Annual administration report of the Civil Veterinary Department, Sind - 1938-1939
Year: 1938
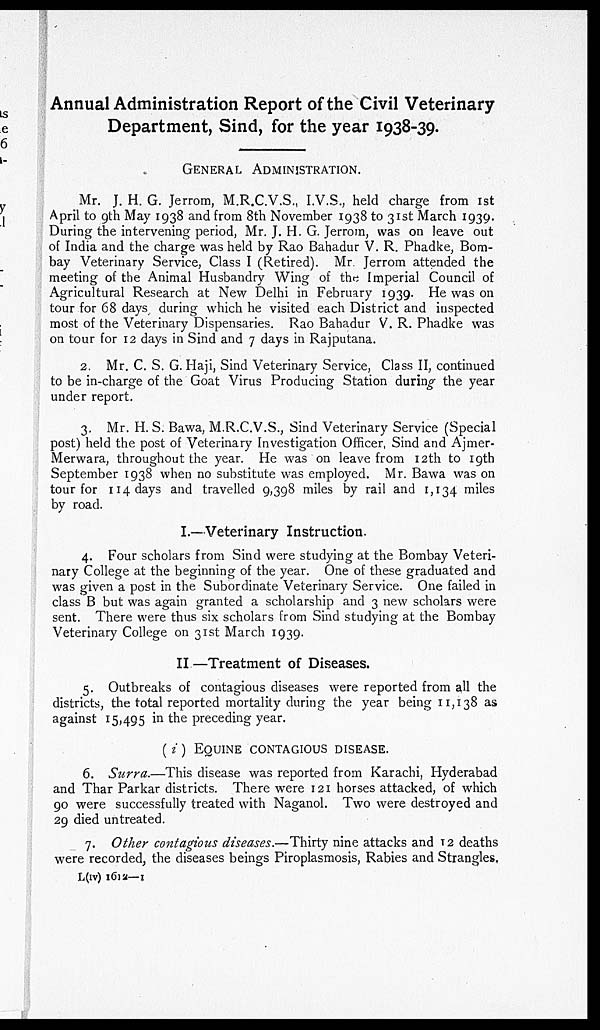
Annual Administration Report of the Civil Veterinary
Department, Sind, for the year 1938-39.
GENERAL ADMINISTRATION.
Mr. J. H. G. Jerrom, M.R.C.V.S., I.V.S., held charge from 1st
April to 9th May 1938 and from 8th November 1938 to 31st March 1939.
During the intervening period, Mr. J. H. G. Jerrom, was on leave out
of India and the charge was held by Rao Bahadur V. R. Phadke, Bom-
bay Veterinary Service, Class I (Retired). Mr. Jerrom attended the
meeting of the Animal Husbandry Wing of the Imperial Council of
Agricultural Research at New Delhi in February 1939. He was on
tour for 68 days during which he visited each District and inspected
most of the Veterinary Dispensaries. Rao Bahadur V. R. Phadke was
on tour for 12 days in Sind and 7 days in Rajputana.
2. Mr. C. S. G. Haji, Sind Veterinary Service, Class II, continued
to be in-charge of the Goat Virus Producing Station during the year
under report.
3. Mr. H. S. Bawa, M.R.C.V.S., Sind Veterinary Service (Special
post) held the post of Veterinary Investigation Officer, Sind and Ajmer-
Merwara, throughout the year. He was on leave from 12th to 19th
September 1938 when no substitute was employed. Mr. Bawa was on
tour for 114 days and travelled 9,398 miles by rail and 1,134 miles
by road.
I.—Veterinary Instruction.
4. Four scholars from Sind were studying at the Bombay Veteri-
nary College at the beginning of the year. One of these graduated and
was given a post in the Subordinate Veterinary Service. One failed in
class B but was again granted a scholarship and 3 new scholars were
sent. There were thus six scholars from Sind studying at the Bombay
Veterinary College on 31st March 1939.
II—Treatment of Diseases.
5. Outbreaks of contagious diseases were reported from all the
districts, the total reported mortality during the year being 11,138 as
against 15,495 in the preceding year.
(i) EQUINE CONTAGIOUS DISEASE.
6. Surra.—This disease was reported from Karachi, Hyderabad
and Thar Parkar districts. There were 121 horses attacked, of which
90 were successfully treated with Naganol. Two were destroyed and
29 died untreated.
7. Other contagious diseases.—Thirty nine attacks and 12 deaths
were recorded, the diseases beings Piroplasmosis, Rabies and Strangles.
L(IV) 1612—I